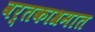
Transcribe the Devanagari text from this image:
वर्तकाश्रमात